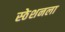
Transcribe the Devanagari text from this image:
स्ठेशनला